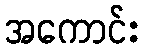
အကောင်း